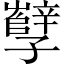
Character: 孼